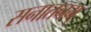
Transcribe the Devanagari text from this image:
सनातनम्